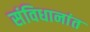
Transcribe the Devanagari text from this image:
संविधानांत